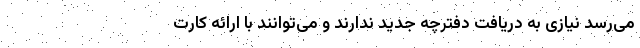
می‌رسد نیازی به دریافت دفترچه جدید ندارند و می‌توانند با ارائه کارت